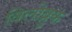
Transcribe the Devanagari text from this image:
विलोब्रुक